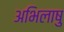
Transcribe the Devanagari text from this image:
अभिलाषु